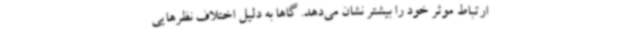
ارتباط موثر خود را بیشتر نشان می‌دهد. گاها به دلیل اختلاف نظرهایی